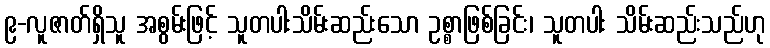
၉-လူဇာတ်ရှိသူ အစွမ်းဖြင့် သူတပါးသိမ်းဆည်းသော ဥစ္စာဖြစ်ခြင်း၊ သူတပါး သိမ်းဆည်းသည်ဟု